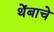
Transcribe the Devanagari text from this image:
थेंबाचे